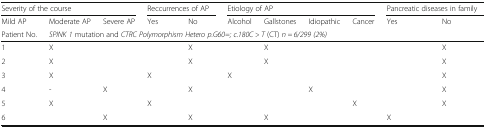
<table><thead><tr><td colspan="3"><b>Severity of the course</b></td><td colspan="2"><b>Reccurrences of AP</b></td><td colspan="4"><b>Etiology of AP</b></td><td colspan="2"><b>Pancreatic diseases in family</b></td></tr><tr><td><b>Mild AP</b></td><td><b>Moderate AP</b></td><td><b>Severe AP</b></td><td><b>Yes</b></td><td><b>No</b></td><td><b>Alcohol</b></td><td><b>Gallstones</b></td><td><b>Idiopathic</b></td><td><b>Cancer</b></td><td><b>Yes</b></td><td><b>No</b></td></tr><tr><td><b>Patient No.</b></td><td colspan="10"><b><i>SPINK 1</i> mutation and <i>CTRC Polymorphism Hetero p.G60=; c.180C &gt; T</i> (CT) <i>n = 6/299 (2%)</i></b></td></tr></thead><tbody><tr><td>1</td><td>X</td><td></td><td></td><td>X</td><td></td><td>X</td><td></td><td></td><td></td><td>X</td></tr><tr><td>2</td><td>X</td><td></td><td></td><td>X</td><td></td><td>X</td><td></td><td></td><td></td><td>X</td></tr><tr><td>3</td><td>X</td><td></td><td>X</td><td></td><td>X</td><td></td><td></td><td></td><td></td><td>X</td></tr><tr><td>4</td><td>-</td><td>X</td><td></td><td>X</td><td></td><td></td><td>X</td><td></td><td></td><td>X</td></tr><tr><td>5</td><td>X</td><td></td><td>X</td><td></td><td></td><td></td><td></td><td>X</td><td></td><td>X</td></tr><tr><td>6</td><td></td><td>X</td><td></td><td>X</td><td></td><td>X</td><td></td><td></td><td>X</td><td></td></tr></tbody></table>